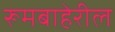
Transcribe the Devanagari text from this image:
रूमबाहेरील